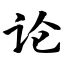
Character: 论